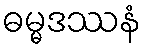
ဓမ္မဒဿနံ